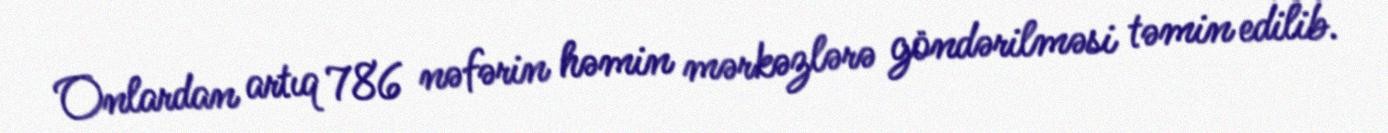
Onlardan artıq 786 nəfərin həmin mərkəzlərə göndərilməsi təmin edilib.